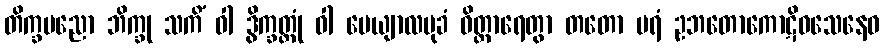
တိက္ခပညော ဘိက္ခု သကိံ ဝါ ဒွိက္ခတ္တုံ ဝါ ပေယျာလမုခံ ဝိတ္ထာရေတွာ တတော ပရံ ဥဘတောကောဋိဝသေနေဝ